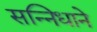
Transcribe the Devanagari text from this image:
सन्निधाने